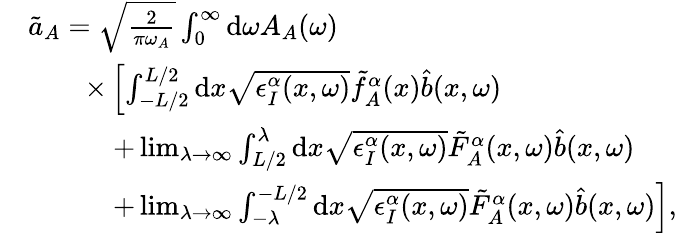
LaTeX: \begin{array}{rl}&{\tilde{a}_{A}=\sqrt{\frac{2}{\pi\omega_{A}}}\int_{0}^{\infty}\mathrm{d}\omega A_{A}(\omega)}\\ &{\qquad\times\left[\int_{-L/2}^{L/2}\mathrm{d}x\sqrt{\epsilon_{I}^{\alpha}(x,\omega)}\tilde{f}_{A}^{\alpha}(x)\hat{b}(x,\omega)\right.}\\ &{\qquad\quad+\operatorname*{lim}_{\lambda\to\infty}\int_{L/2}^{\lambda}\mathrm{d}x\sqrt{\epsilon_{I}^{\alpha}(x,\omega)}\tilde{F}_{A}^{\alpha}(x,\omega)\hat{b}(x,\omega)}\\ &{\qquad\quad+\left.\operatorname*{lim}_{\lambda\to\infty}\int_{-\lambda}^{-L/2}\mathrm{d}x\sqrt{\epsilon_{I}^{\alpha}(x,\omega)}\tilde{F}_{A}^{\alpha}(x,\omega)\hat{b}(x,\omega)\right],}\end{array}